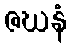
ဇဃနံ